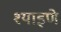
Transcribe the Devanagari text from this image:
श्याइणे